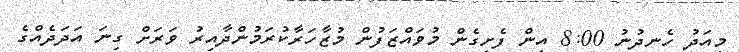
މިއަދު ހެނދުނު 8:00 އިން ފެށިގެން މުވައްޒަފުން މުޒާހަރާކުރަމުންދާއިރު ވަރަށް ގިނަ އަދަދެއްގެ